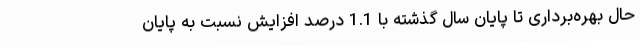
حال بهره‌برداری تا پایان سال گذشته با 1.1 درصد افزایش نسبت به پایان